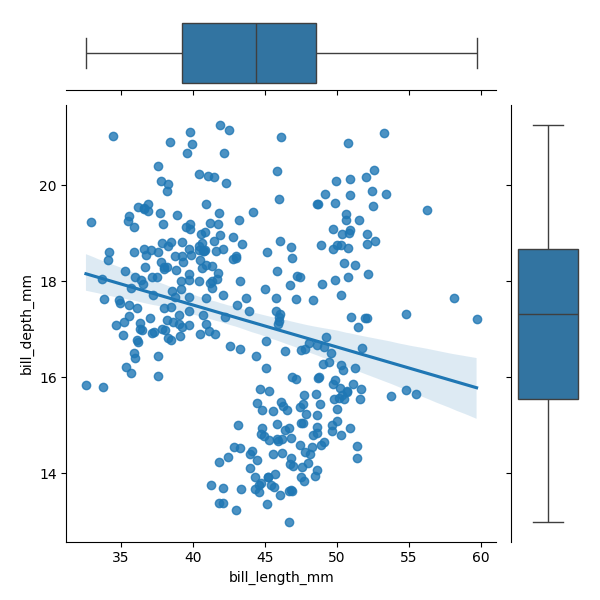
python, seaborn, JointGrid, regplot, boxplot